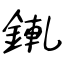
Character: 錷